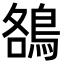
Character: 鵅